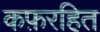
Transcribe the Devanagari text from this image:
कफ़रहित